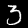
Label: 3